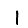
Digit: 1